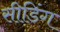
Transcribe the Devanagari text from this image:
सीडिंग